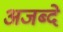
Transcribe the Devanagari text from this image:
अजब्दे